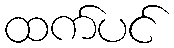
ထက်ပင်